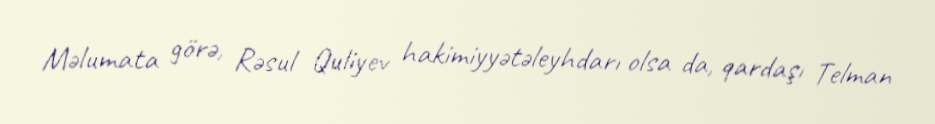
Məlumata görə, Rəsul Quliyev hakimiyyətəleyhdarı olsa da, qardaşı Telman